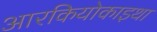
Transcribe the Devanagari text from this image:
आरकियोकाइथा